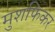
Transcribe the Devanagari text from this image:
मुशफिकर